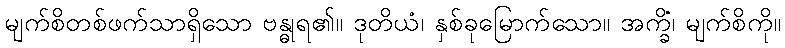
မျက်စိတစ်ဖက်သာရှိသော ဗန္ဓုရ၏။ ဒုတိယံ၊ နှစ်ခုမြောက်သော။ အက္ခိံ၊ မျက်စိကို။